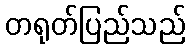
တရုတ်ပြည်သည်